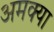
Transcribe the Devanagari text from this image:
अमक्या